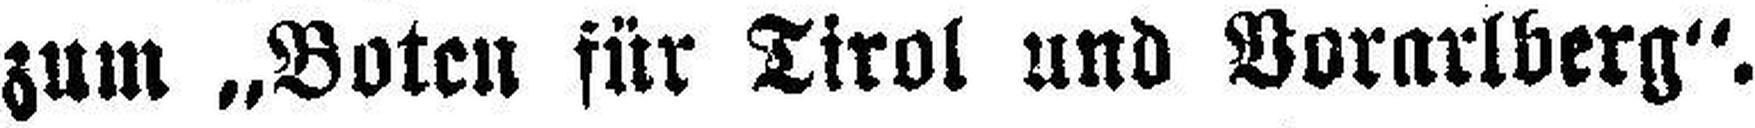
zum „Boten für Tirol und Vorarlberg“.